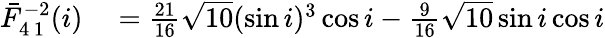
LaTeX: \begin{array}{rl}{\bar{F}_{4\, 1}^{-2}(i)}&{{}=\frac{21}{16}\sqrt{10}(\sin i)^{3}\cos i-\frac{9}{16}\sqrt{10}\sin i\cos i}\end{array}